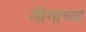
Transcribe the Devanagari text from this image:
लीगाच्या